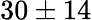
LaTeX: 30\pm 14